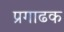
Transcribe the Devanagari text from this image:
प्रगाढक